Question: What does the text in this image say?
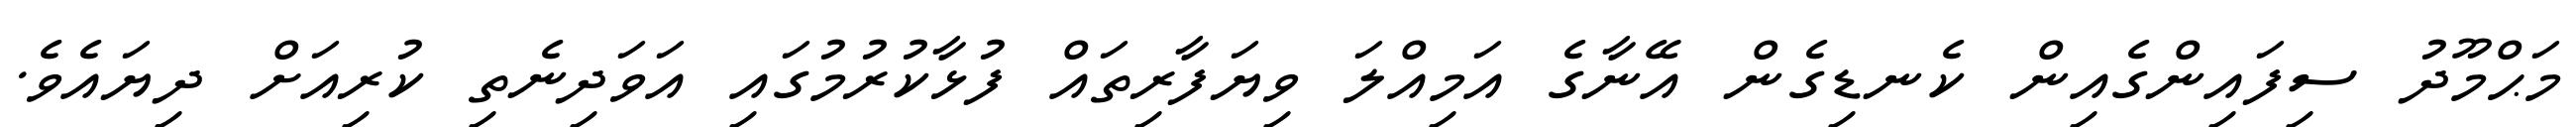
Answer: މަޙްމޫދު ސިފައިންގެއިން ކެނޑިގެން އޭނާގެ އަމިއްލަ ވިޔަފާރިތައް ފުޅާކުރުމުގައި އަވަދިނެތި ކުރިއަށް ދިޔައެވެ.